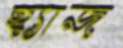
হ্যাজ